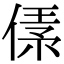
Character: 𠋾